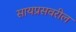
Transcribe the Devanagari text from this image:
सायप्रसवरील